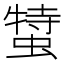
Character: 𧎬